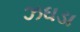
ઝઘડા